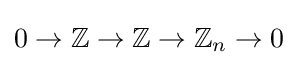
0\to \mathbb {Z} \to \mathbb {Z} \to \mathbb {Z} _{n}\to 0